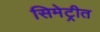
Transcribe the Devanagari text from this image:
सिमेट्रीत